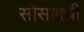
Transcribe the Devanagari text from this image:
सोसागची